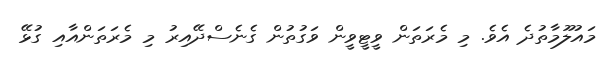
މައުލޫމާތުދެ އެވެ. މި މެރަތަން ވީޓީވީން ވަގުތުން ގެނެސްދޭއިރު މި މެރަތަންއާއި ގުޅޭ